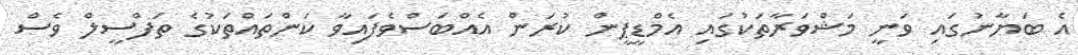
އެ ބަޔާނުގައި ވަނީ މަޝްވަރާތަކުގައި އެމްޑީޕީން ކުރަން އެއްބަސްވެފައިވާ ކަންތައްތަކުގެ ތަފްސީލް ވެސް